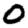
Digit: 0